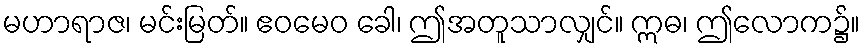
မဟာရာဇ၊ မင်းမြတ်။ ဧဝမေဝ ခေါ၊ ဤအတူသာလျှင်။ ဣဓ၊ ဤလောက၌။